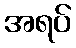
အရပ်